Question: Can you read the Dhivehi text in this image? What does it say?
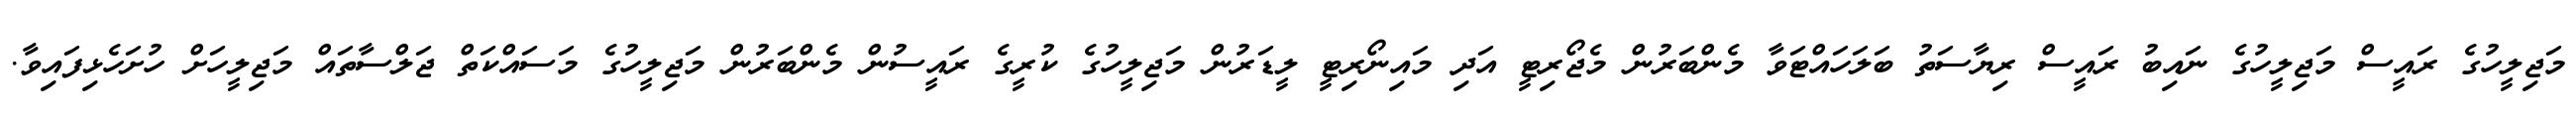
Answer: މަޖިލީހުގެ ރައީސް މަޖިލީހުގެ ނައިބު ރައީސް ރިޔާސަތު ބަލަހައްޓަވާ މެންބަރުން މެޖޯރިޓީ އަދި މައިނޯރިޓީ ލީޑަރުން މަޖިލީހުގެ ކުރީގެ ރައީސުން މެންބަރުން މަޖިލީހުގެ މަސައްކަތް ޖަލްސާތައް މަޖިލީހަށް ހުށަހެޅިފައިވާ.